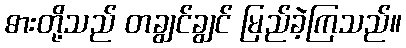
ဓားတို့သည် တချွင်ချွင် မြည်ခဲ့ကြသည်။